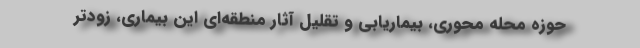
حوزه محله محوری، بیماریابی و تقلیل آثار منطقه‌ای این بیماری، زودتر